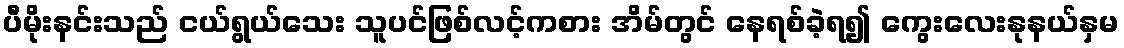
ပီမိုးနင်းသည် ငယ်ရွယ်သေး သူပင်ဖြစ်လင့်ကစား အိမ်တွင် နေရစ်ခဲ့ရ၍ ကွေးလေးနုနယ်နှမ